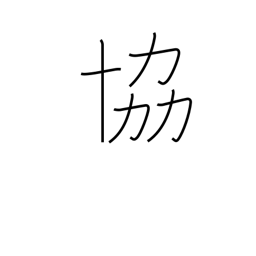
Meaning: co-